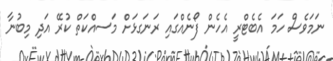
ނަމަވެސް ހަމަ އެބެޓްރީ އެހެން ފޯނެއްގައި ރަނަގޅަށް މަސއްކަތް ކުރޭ އަދި މިބުނާ